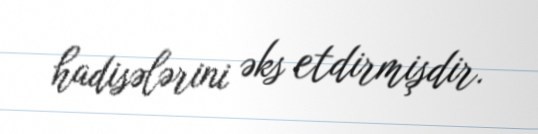
hadisələrini əks etdirmişdir.